Vaccination United Provinces of Agra and Oudh 1914-1922 - 1914-1922
Year: 1914
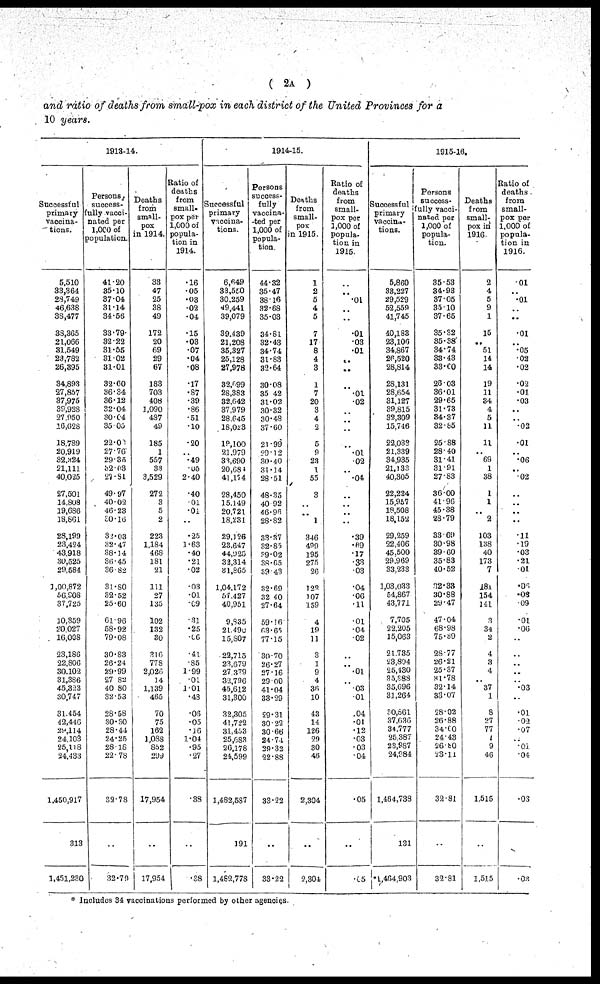
( 2A )
and ratio of deaths from small-pox in each district of the United Provinces for a
10 years.
1913-14.
Successful
primary
vaccina-
tions.
5,510
33,364
23,749
46,636
38,477
33,365
21,066
31,549
23,782
26,395
34,893
27,857
37,975
38,929
27,050
16,628
18,739
20,919
32,724
21,111
40,025
27,501
14,803
19,686
13,861
28,199
23,424
43,918
30,525
28,584
1,00,872
56,908
37,725
10,359
20,027
16,008
23,186
22,806
30,102
31,386
45,323
30,747
31,454
42,446
28,114
24,103
25,118
24,433
1,450,917
313
1,451,230
Persons,
success-
fully vacci-
nated per
1,100 of
population.
41.20
35.10
37.04
31.14
34.56
33.79
32.22
31.55
31.02
31.01
32.00
36.34
36.12
32.04
30.04
35.03
22.01
27.76
29.35
32.03
27.81
49.97
40.02
46.23
30.16
32.03
32.47
38.14
36.45
36.82
31.80
32.52
25.60
61.96
58.92
79.08
30.83
26.24
29.99
27.82
40.80
32.53
28.58
30.30
28.44
24.25
28.18
22.78
32.78
...
32.79
Deaths
from
small-
pox
in 1914.
33
47
25
38
49
172
20
69
29
67
183
703
408
1,090
487
49
185
1
557
33
3,529
272
3
5
2
223
1,184
468
181
21
111
27
135
102
132
30
316
778
2,026
14
1,139
465
70
75
162
1,088
852
299
17,954
...
17,954
Ratio of
deaths
from
small-
pox per
1,000 of
popula-
tion in
1914.
.16
.05
.03
.02
.04
.15
.03
.07
.04
.08
.17
.87
.39
.86
.51
.10
.20
..
.49
.05
2.40
.40
.01
.01
...
.25
1.63
.40
.21
.02
.03
.01
.09
.31
.25
.06
.41
.85
1.99
.01
1.01
.48
.06
.05
.10
1.04
.95
.27
.38
...
.38
1914-15.
Successful
primary
vaccina-
tions.
6,649
33,550
30,259
49,441
39,079
39,439
21,208
35,327
25,128
27,978
32,099
28,383
32,042
37,979
28,645
18,023
19,100
21,979
33,690
20,681
41,174
28,450
15,149
20,721
18,231
29,126
23,647
44,925
33,314
31,865
1,04,172
57,427
40,951
9,835
21,490
15,807
22,715
23,679
27,379
32,796
45,612
31,300
32,305
41,722
31,453
25,683
26,178
24,599
1,482,587
191
1,462,778
Persons
success-
fully
vaccina-
-ted per
1,000 of
popula-
tion
44.32
35.47
38.16
32.68
35.03
34.81
32.43
34.74
31.63
32.64
30.08
35.42
31.02
30.32
30.49
37.60
21.99
29.12
30.40
31.14
28.51
48.35
40.92
46.96
28.82
38.37
32.65
39.02
39.65
39.43
32.69
32.40
27.64
59.16
63.65
77.15
30.70
26.27
27.16
29.00
41.04
33.29
59.31
30.22
30.66
24.74
29.32
22.88
33.22
..
33.22
Deaths
from
small-
pox
in 1915.
1
2
5
4
5
7
17
8
4
3
1
7
20
3
4
2
5
9
23
1
55
3
..
..
1
346
499
195
275
26
122
107
159
4
19
11
3
1
9
4
36
10
43
14
126
29
30
46
2,304
..
2,304
Ratio of
deaths
from
small-
pox per
1,000 of
popula-
tion in
1915.
..
..
.01
..
..
.01
.03
.01
..
..
..
.01
.02
..
..
..
..
.01
.02
..
.04
..
..
..
..
.39
.69
.17
.33
.03
.04
.06
.11
.01
.04
.02
..
..
.01
..
.03
.01
.04
.01
.12
.03
.03
.04
.05
..
.05
1915-10.
Successful .
primary
vaccina-
tions.
5,860
33,227
29,529
52,559
41,745
40,183
23,106
34,867
26,520
28,814
28,131
28,654
31,127
39,815
32,309
15,746
22,039
21,339
34,935
21,133
40.305
22,224
15,957
19,508
18,152
29,259
22,406
45,500
29,969
33,233
1,03,033
54,867
43,771
7,705
22,205
15,063
21,735
23,804
25,130
35,888
35,696
31,264
30,861
37,636
34,777
25,387
23,987
24,984
1,464,738
131
*1,404,903
Persons
success-
fully vacci-
nated per
1,000 of
popula-
tion.
35.53
34.93
37.05
33.10
37.65
35.32
35.38
34.74
38.43
33.00
28.03
36.01
29.65
31.73
34.37
32.85
25.88
28.40
31.41
31.91
27.83
36.00
41.96
45.38
28.79
33.69
30.98
39.60
35.83
40.52
32.38
30.88
29.47
47.04
68.93
75.39
28.77
26.21
25.37
31.78
32.14
33.07
28.02
26.88
34.00
24.43
26.80
23.11
32.81
..
32.81
Deaths
from
small-
pox in
1916.
2
4
5
9
1
15
..
51
14
14
19
11
34
4
5
11
11
..
69
1
38
1
1
..
2
103
138
40
173
7
181
154
141
3
34
2
4
3
4
..
37
1
8
27
77
7
9
46
1,515
..
1,515
Ratio of
deaths
from
small-
pox per
1.000 of
popula-
tion in
1916.
.01
..
.01
..
..
.01
..
.05
.02
.02
.02
.01
.03
..
..
.02
.01
..
.06
..
.02
..
..
..
..
.11
.19
.03
.21
.01
.06
.08
.09
.01
.06
..
..
..
..
..
.03
..
.01
.02
.07
..
.01
04
.03
.02
* Includes 34 vaccinations performed by other agencies.